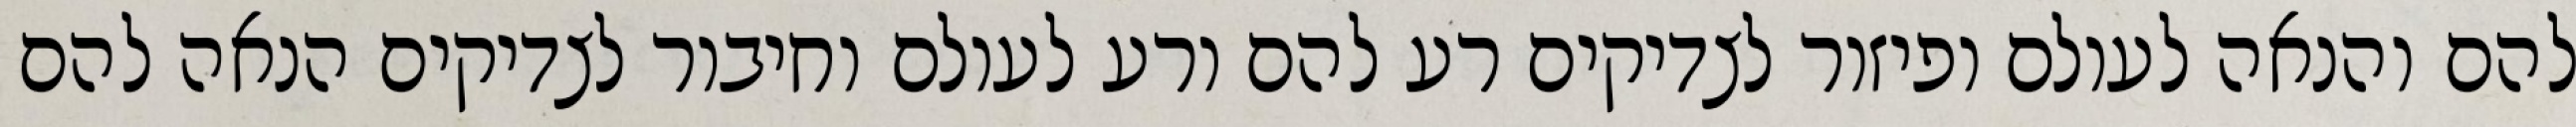
להם והנאה לעולם ופיזור לצדיקים רע להם ורע לעולם וחיבור לצדיקים הנאה להם